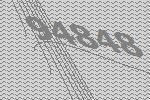
94848